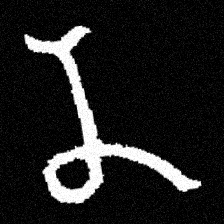
Pyu character \u2014 Myanmar letter: န (romanized: na)